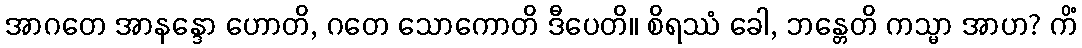
အာဂတေ အာနန္ဒော ဟောတိ, ဂတေ သောကောတိ ဒီပေတိ။ စိရဿံ ခေါ, ဘန္တေတိ ကသ္မာ အာဟ? ကိံ